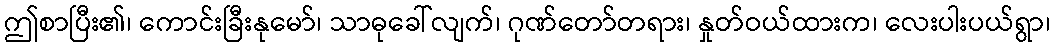
ဤစာပြီး၏၊ ကောင်းခြီးနုမော်၊ သာဓုခေါ်လျက်၊ ဂုဏ်တော်တရား၊ နှုတ်ဝယ်ထားက၊ လေးပါးပယ်ရွာ၊